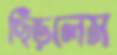
ছিঁড়লেম